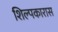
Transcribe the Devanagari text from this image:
शिल्पकारास